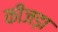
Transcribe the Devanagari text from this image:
कीजड़ा